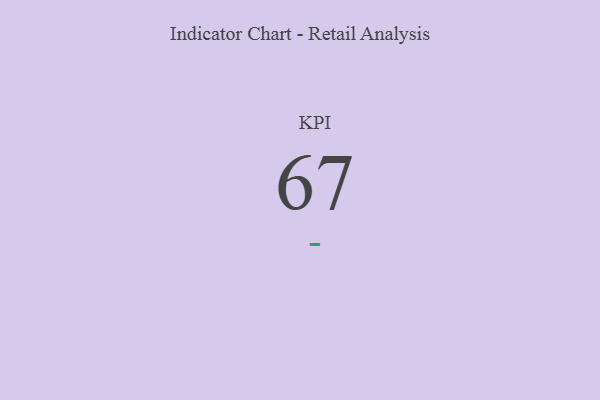
{"axis": {"x": "KPI", "y": "Value"}, "legend": [""], "data": [{"x": "KPI", "y": 67, "type": ""}]}